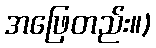
အဖြေတည်း။)